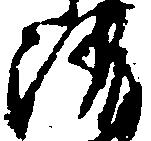
清